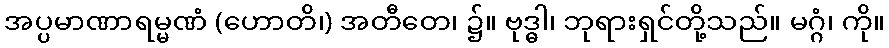
အပ္ပမာဏာရမ္မဏံ (ဟောတိ၊) အတီတေ၊ ၌။ ဗုဒ္ဓါ၊ ဘုရားရှင်တို့သည်။ မဂ္ဂံ၊ ကို။